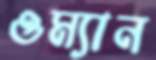
ওম্যান